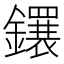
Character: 𬬕